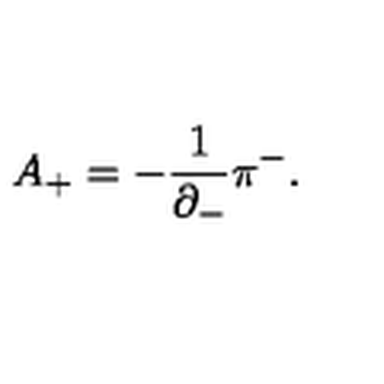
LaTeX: A _ { + } = - \frac { 1 } { { \partial } _ { - } } { \pi } ^ { - } .